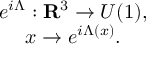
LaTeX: \begin{array} { c } { { e ^ { i \Lambda } : { \bf R } ^ { 3 } \rightarrow U ( 1 ) , } } \\ { { x \rightarrow e ^ { i \Lambda ( x ) } . } } \end{array}